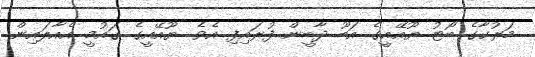
މަރުކާގެ ބޯޓު ޔޫއޭއީގެ އަބޫ ދާބީން ފުރައިފި އެވެ. ޔޫއޭއީގެ ގައުމީ އެއާލައިން